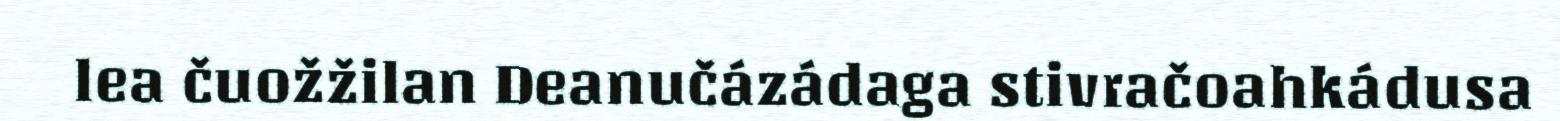
lea čuožžilan Deanučázádaga stivračoahkádusa